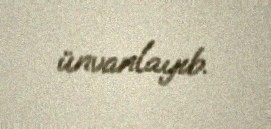
ünvanlayıb.